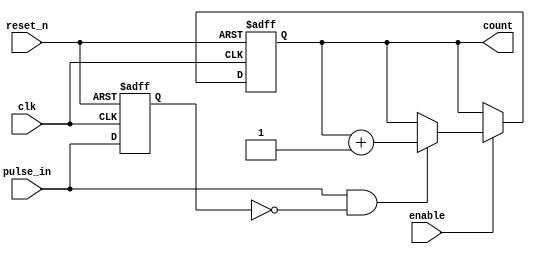
module PulseCounter (
    input wire clk,           // Clock input
    input wire reset_n,      // Asynchronous active-low reset
    input wire enable,       // Enable signal for counting
    input wire pulse_in,     // Input pulse signal
    output reg [N-1:0] count // Output count (N bits wide)
);
    parameter N = 8; // Number of bits for the counter

    reg pulse_prev; // Previous state of pulse_in for edge detection

    always @(posedge clk or negedge reset_n) begin
        if (!reset_n) begin
            count <= 0; // Reset the count to zero
            pulse_prev <= 0; // Initialize previous pulse state
        end else begin
            // Edge detection logic
            if (enable) begin
                if (pulse_in && !pulse_prev) begin
                    count <= count + 1; // Increment count on rising edge
                end
            end
            pulse_prev <= pulse_in; // Update previous pulse state
        end
    end
endmodule